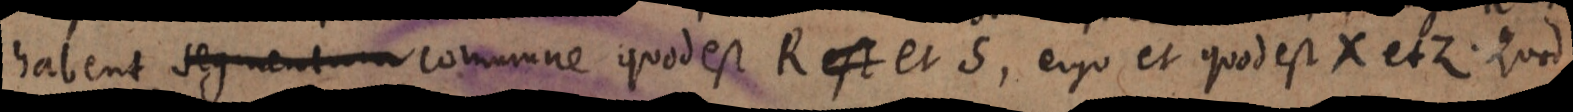
habent segmentum commune quod est R est et S, ergo et quod est X et Z. Quod